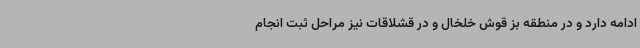
ادامه دارد و در منطقه بز قوش خلخال و در قشلاقات نیز مراحل ثبت انجام